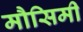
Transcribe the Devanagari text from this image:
मौसिमी